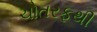
ચોતરફથી